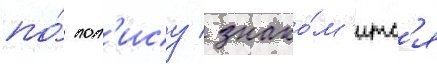
по́ пол'ису / знако́м'итс'я